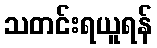
သတင်းရယူရန်